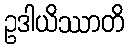
ဥဒါယိဿာတိ